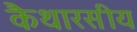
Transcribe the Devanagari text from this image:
कैथारसीय